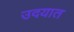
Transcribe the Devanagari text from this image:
उदयात